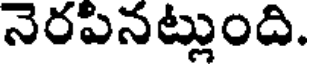
నెరపినట్లుంది.